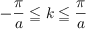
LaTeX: - { \frac { \pi } { a } } \leqq k \leqq { \frac { \pi } { a } }